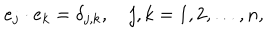
e _ { j } \cdot e _ { k } = \delta _ { j , k } , \quad j , k = 1 , 2 , \ldots , n ,